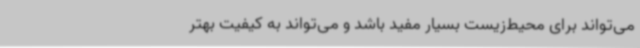
می‌تواند برای محیط‌زیست بسیار مفید باشد و می‌تواند به کیفیت بهتر